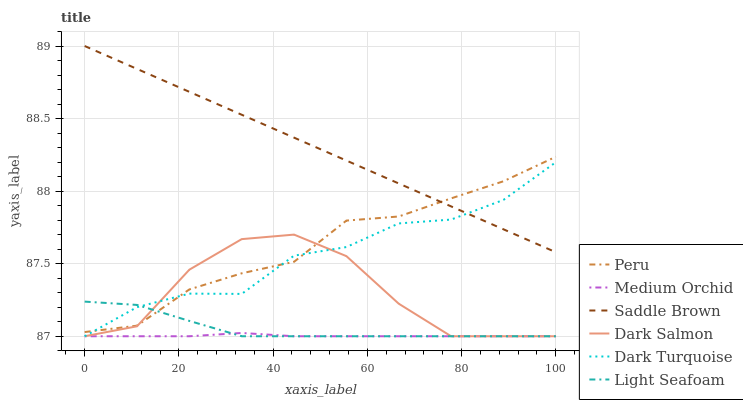
| xaxis_label | Peru | Medium Orchid | Saddle Brown | Dark Salmon | Dark Turquoise | Light Seafoam |
 | --- | --- | --- | --- | --- | --- | --- |
 | 0 | 87 | 87 | 89 | 87 | 87 | 87.2 |
 | 11.1 | 87.1 | 87 | 88.8 | 87.1 | 87.2 | 87.2 |
 | 22.2 | 87.3 | 87 | 88.7 | 87.5 | 87.3 | 87.1 |
 | 33.3 | 87.4 | 87 | 88.5 | 87.7 | 87.3 | 87 |
 | 44.4 | 87.5 | 87 | 88.4 | 87.7 | 87.6 | 87 |
 | 55.6 | 87.8 | 87 | 88.2 | 87.6 | 87.6 | 87 |
 | 66.7 | 87.8 | 87 | 88.1 | 87.2 | 87.8 | 87 |
 | 77.8 | 88 | 87 | 87.9 | 87 | 87.8 | 87 |
 | 88.9 | 88.1 | 87 | 87.7 | 87 | 87.9 | 87 |
 | 100 | 88.2 | 87 | 87.6 | 87 | 88.2 | 87 |